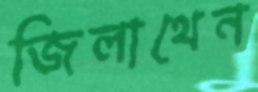
জিলাথেন